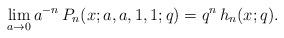
LaTeX: \begin{align*}\lim_{a\to0} a^{-n}\,P_n(x;a,a,1,1;q)=q^n\,h_n(x;q).\end{align*}